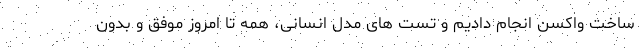
ساخت واکسن انجام دادیم و تست های مدل انسانی، همه تا امروز موفق و بدون